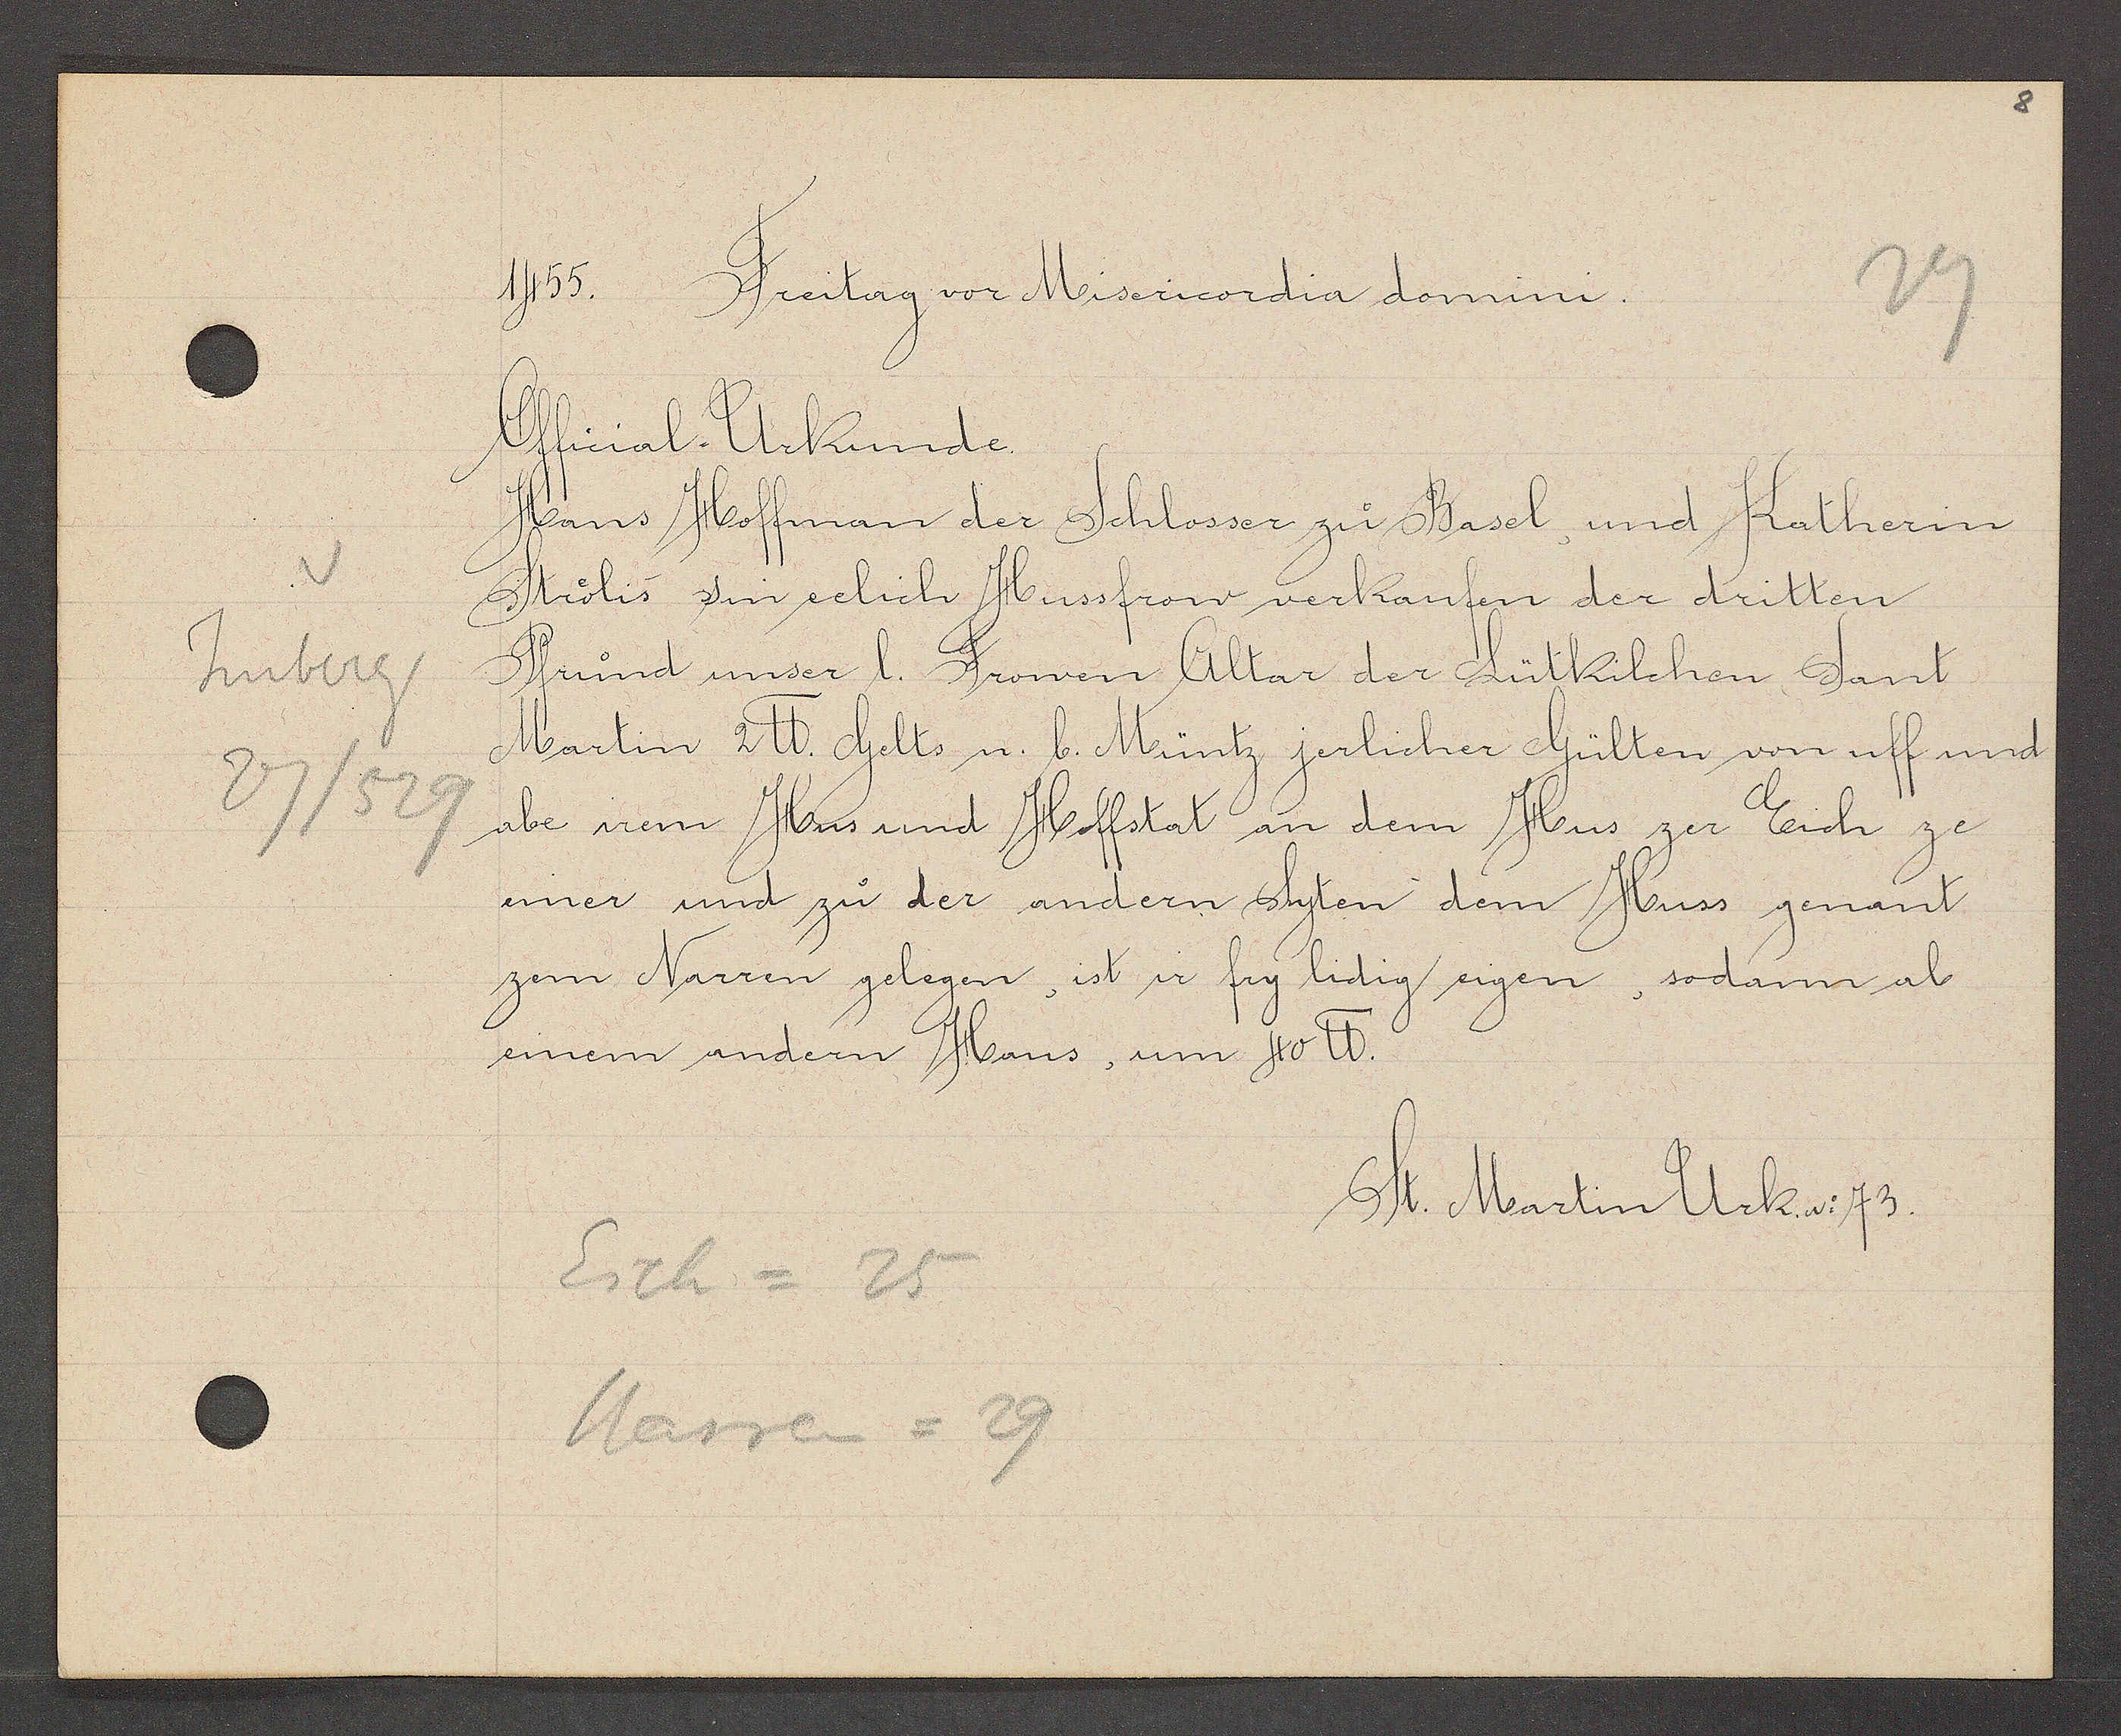
Transcript:
Imberg
27/529

1455. Freitag vor Misericordia domini.

Official- Urkunde.
Hans Hoffman der Schlosser zu Basel, und Katherin
Strölis sin eelich Hussfrow verkaufen der dritten
Prund unser l. Frowen Altar der Lütkilchen Sant
Martin 2 ℔. Gelts u. b. Müntz jerlicher Gülten von uff und
abe irem Hus und Hoffstat an dem Hus zer Eich ze
einer und zu der andern Syten dem Huss genant
zem Narren gelegen, ist ir fry lidig eigen, sodann ab
einem andern Haus, um 40 ℔.

Eich = 25
Massen = 29

St. Martin Urk. No. 73.